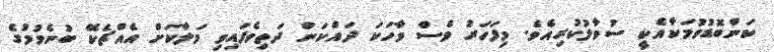
ކަންބޮޑުވުމަކާއެކީ ސުވާލުކުރިއެވެ. މިފަހަރު ވެސް ވާހަކަ ދައްކަން ދަތިވެފައިވި މަލާކަށް އެއްޗެކޭ ބުނެވުމުގެ